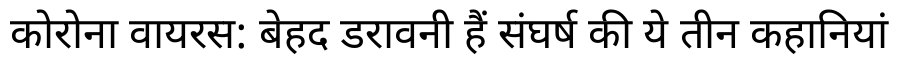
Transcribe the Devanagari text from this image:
कोरोना वायरस: बेहद डरावनी हैं संघर्ष की ये तीन कहानियां